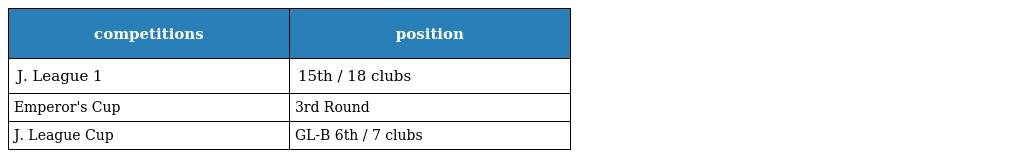
| competitions | position |
 | --- | --- |
 | J. League 1 | 15th / 18 clubs |
 | Emperor's Cup | 3rd Round |
 | J. League Cup | GL-B 6th / 7 clubs |